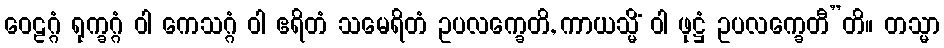
ဝေဠဂ္ဂံ ရုက္ခဂ္ဂံ ဝါ ကေသဂ္ဂံ ဝါ ဧရိတံ သမေရိတံ ဥပလက္ခေတိ, ကာယသ္မိံ ဝါ ဖုဋ္ဌံ ဥပလက္ခေတီ”တိ။ တသ္မာ